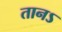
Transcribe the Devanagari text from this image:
तानऽ